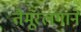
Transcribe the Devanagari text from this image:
तैमूरलंगाने